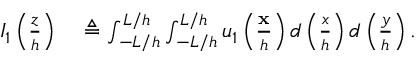
\begin{array} { r l } { I _ { 1 } \left( \frac { z } { h } \right) } & { { } \triangleq \int _ { - L / h } ^ { L / h } \int _ { - L / h } ^ { L / h } u _ { 1 } \left( \frac { \mathbf { x } } { h } \right) d \left( \frac { x } { h } \right) d \left( \frac { y } { h } \right) . } \end{array}